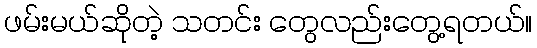
ဖမ်းမယ်ဆိုတဲ့ သတင်း တွေလည်းတွေ့ရတယ်။